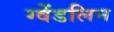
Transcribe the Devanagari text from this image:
ग्वेंडलिन